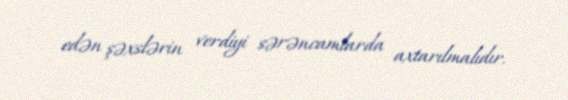
edən şəxslərin verdiyi sərəncamlarda axtarılmalıdır.